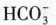
HCO_{3}^{-}$$